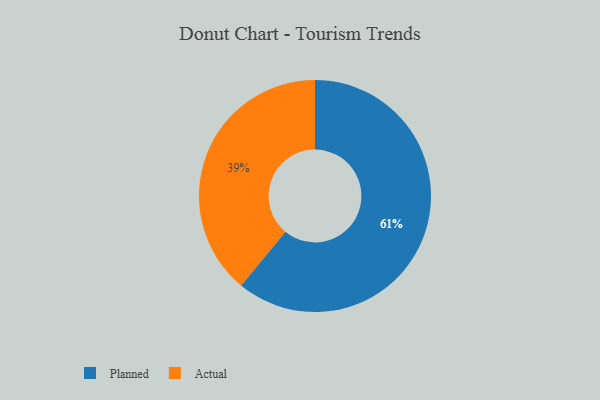
{"axis": {"x": "Category", "y": "Percentage"}, "legend": ["Actual", "Planned"], "data": [{"x": "Planned", "y": 61, "type": "Planned"}, {"x": "Actual", "y": 39, "type": "Actual"}]}